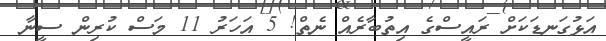
އަޅުގަނޑަކަށް ރައީސްގެ އިތުބާރެއް ނެތް! 5 އަހަރު 11 މަސް ކުރިން ސީނާ